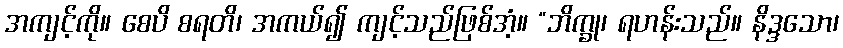
အကျင့်ကို။ စေပိ စရတိ၊ အကယ်၍ ကျင့်သည်ဖြစ်အံ့။ “ဘိက္ခု၊ ရဟန်းသည်။ နိဒ္ဒသော၊